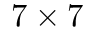
7 \times 7